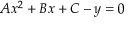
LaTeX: A x ^ { 2 } + B x + C - y = 0